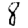
Digit: 8